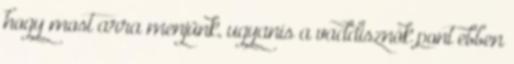
hogy most arra menjünk, ugyanis a vaddisznók pont ebben